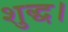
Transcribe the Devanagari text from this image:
शुद्ध।